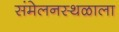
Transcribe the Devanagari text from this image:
संमेलनस्थळाला